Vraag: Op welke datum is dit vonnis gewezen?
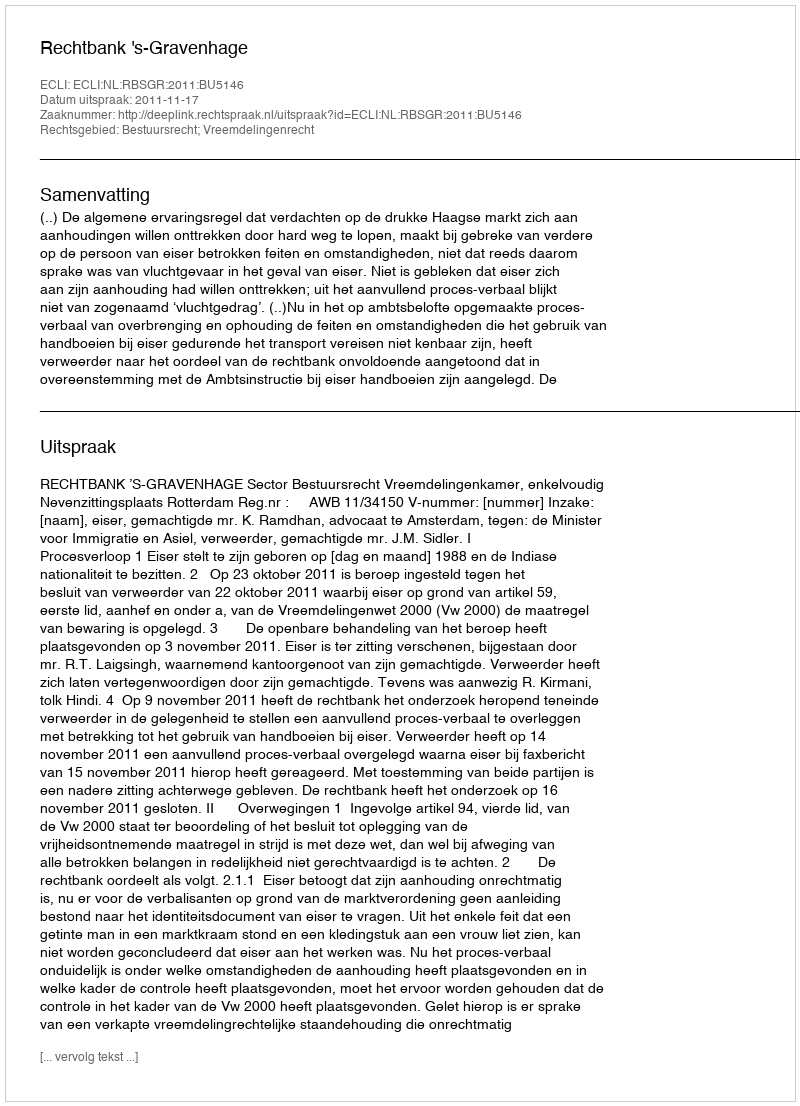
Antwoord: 2011-11-17